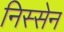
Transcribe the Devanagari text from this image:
निस्सेन